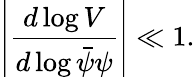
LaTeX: \left|\frac{d\log V}{d\log\bar{\psi}\psi}\right|\ll 1.